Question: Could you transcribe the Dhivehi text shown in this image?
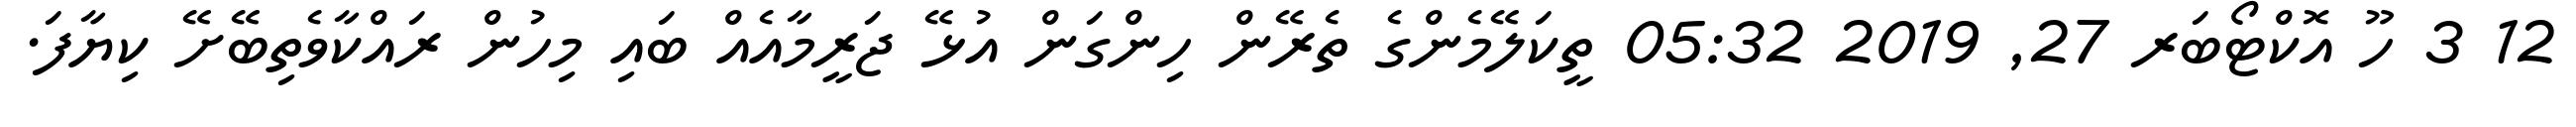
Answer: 12 3 ހޫ އޮކްޓޯބަރ 27, 2019 05:32 ތީކަލޭމެންގެ ތެރޭން ހިންގަން އުޅޭ ޖަރީމާއެއް ބައި މިހުން ރައްކާވެތިބޭށޭ ކިޔާފަ.